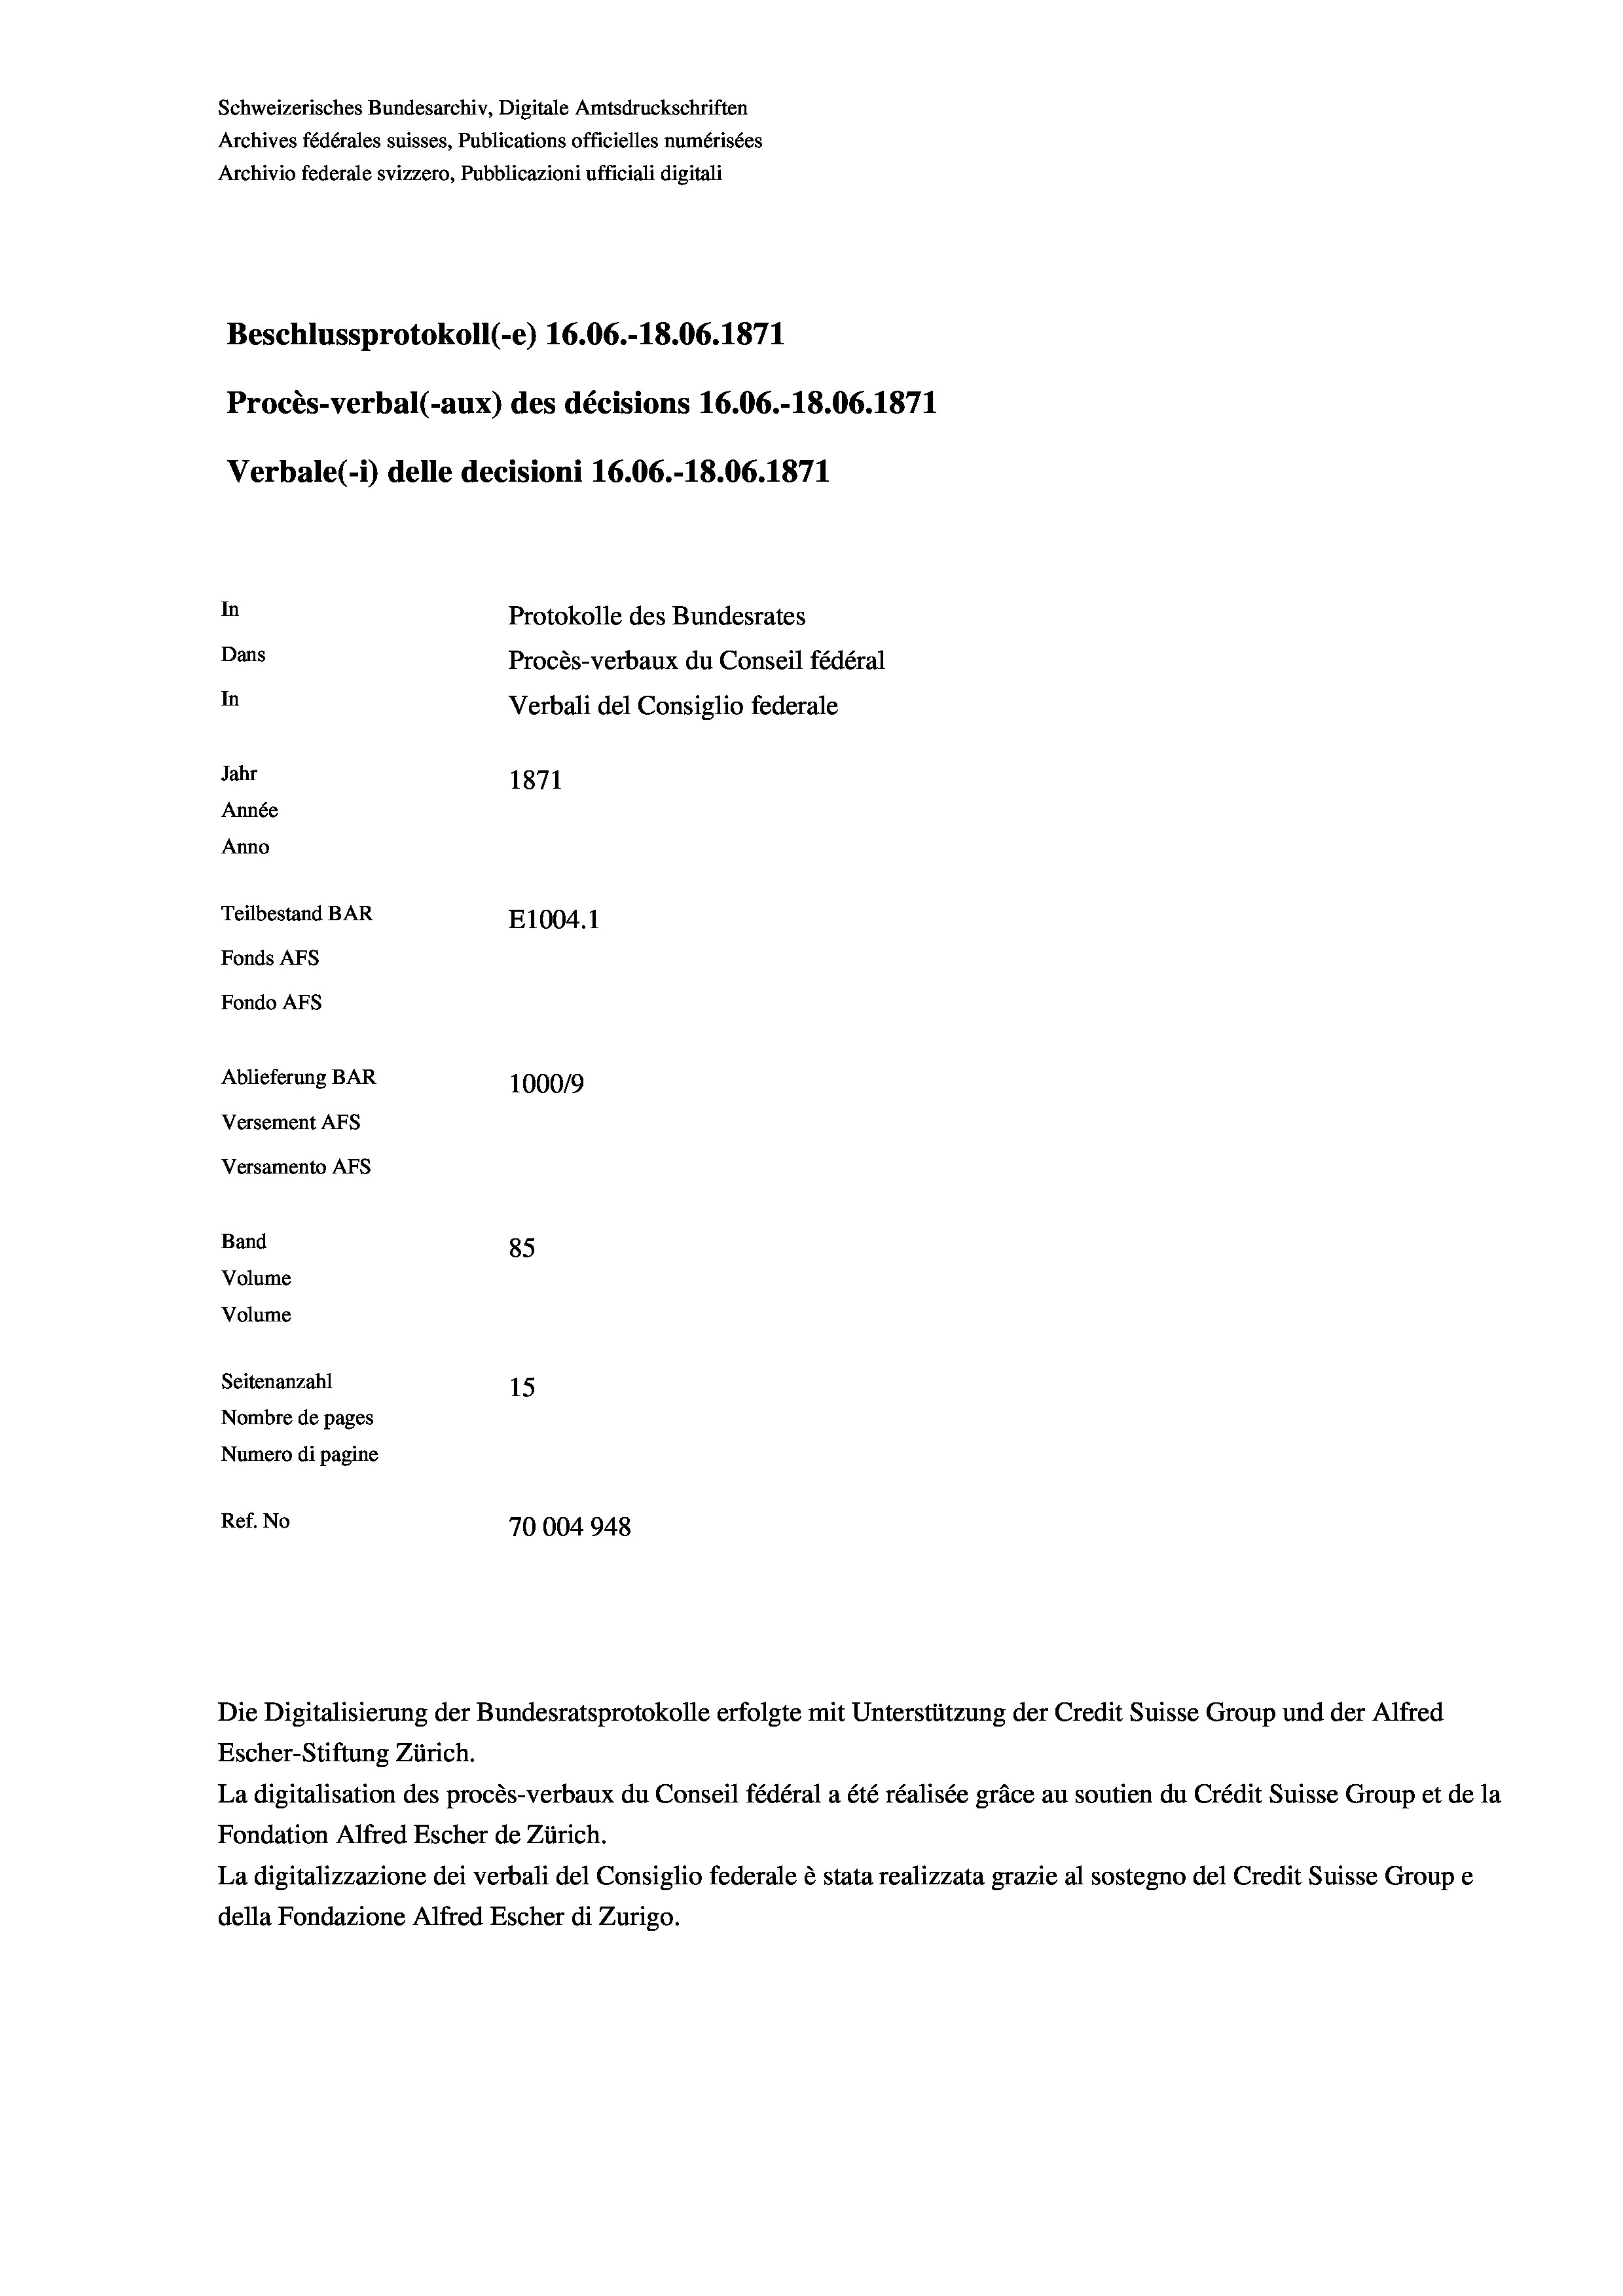
Schweizerisches Bundesarchiv, Digitale Amtsdruckschriften
Archives fédérales suisses, Publications officielles numérisées
Archivio federale svizzero, Pubblicazioni ufficiali digitali
Beschlussprotokoll (-e) 16.06.-18.06. 1871
Procès-verbal (-aux) des décisions 16.06.-18.06. 1871
Verbale (- 1) delle decisioni 16.06.-18.06. 1871
In
Protokolle des Bundesrates
Dans
Procès-verbaux du Conseil fédéral
In
Verbali del Consiglio federale
Jahr
1871
Année
Anno
Teilbestand BAR
E1004. 1
Fonds Afs
Fondo AFS
Ablieferung BAR
100019
Versement AFs
Versamento Afs
Band
85
Volume
Volume
Seitenanzahl
15
Nombre de pages
Numero di pagine
Ref. No
70004948

La digitalisation des procès-verbaux du Conseil fédéral a été réalisée gräce au soutien du Crédit Suisse Group et de la
Fondation Alfred Escher de Zürich.
La digitalizzazione dei verbali del Consiglio federale è stata realizzata grazie al sostegno del Credit Suisse Groupe
della Fondazione Alfred Escher di Zurigo.

Die Digitalisierung der Bundesratsprotokolle erfolgte mit Unterstützung der Credit Suisse Group und der Alfred
Escher-Stiftung Zürich.